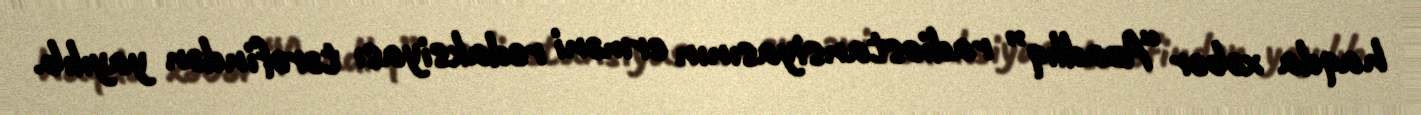
haqda xəbər “Azadlıq” radiostansiyasının erməni redaksiyası tərəfindən yayılıb.